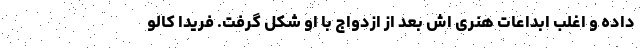
داده و اغلب ابداعات هنری اش بعد از ازدواج با او شکل گرفت. فریدا کالو